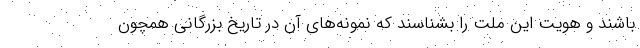
باشند و هویت این ملت را بشناسند که نمونه‌های آن در تاریخ بزرگانی همچون